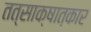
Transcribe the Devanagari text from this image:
तत्साक्षात्कार